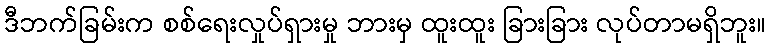
ဒီဘက်ခြမ်းက စစ်ရေးလှုပ်ရှားမှု ဘားမှ ထူးထူး ခြားခြား လုပ်တာမရှိဘူး။